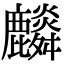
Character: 𪋲